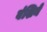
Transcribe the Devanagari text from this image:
वंशिने